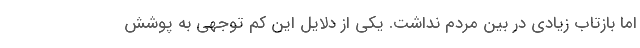
اما بازتاب زیادی در بین مردم نداشت. یکی از دلایل این کم توجهی به پوشش